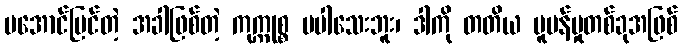
မအောင်မြင်တဲ့ အခါဖြစ်တဲ့ ကုက္ကုစ္စ မပါသေးဘူး၊ ဒါကို တတိယ ပူပန်မှုတစ်ခုအဖြစ်